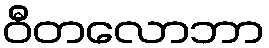
ဝီတလောဘာ